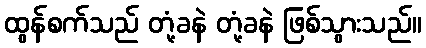
ထွန်စက်သည် တုံ့ခနဲ တုံ့ခနဲ ဖြစ်သွားသည်။